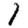
Digit: 1